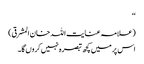
‘‘
(علامہ عنایت اللہ خان المشرقی)
اس پر میں کچھ تبصرہ نہیں کروں گا۔